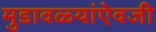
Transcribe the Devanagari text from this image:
मुडावळ्यांऐवजी